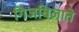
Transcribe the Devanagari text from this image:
गिजबिजाते